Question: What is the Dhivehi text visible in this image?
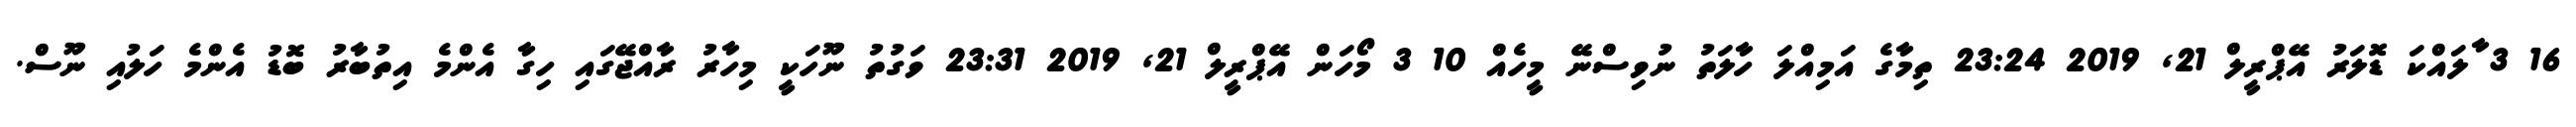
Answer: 16 3 ާލައްކަ ޑޮލަރު އޭޕްރީލް 21, 2019 23:24 ތިމާގެ އަމިއްލަ ހާލަތު ނުވިސްނޭ މީހެއް 10 3 މޯހަން އޭޕްރީލް 21, 2019 23:31 ވަގުތު ނޫހަކީ މިހާރު ރާއްޖޭގައި ހިގާ އެންމެ އިތުބާރު ބޮޑު އެންމެ ހަލުއި ނޫސް.